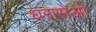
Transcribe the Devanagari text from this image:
धरासेओ